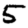
Digit: 5